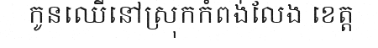
កូនឈើនៅស្រុកកំពង់លែង ខេត្ត